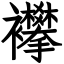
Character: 襻